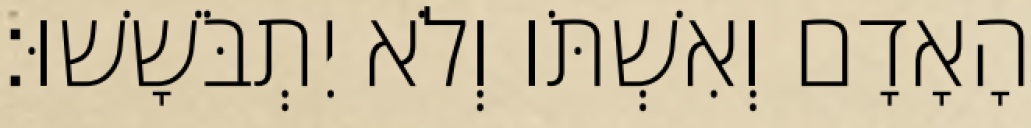
הָאָדָם וְאִשְׁתֹּו וְלֹא יִתְבֹּשָׁשׁוּ׃